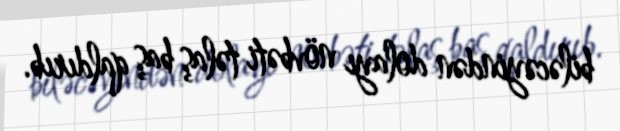
biləcəyindən dolayı növbəti təlaş baş qaldırıb.